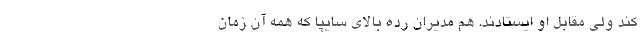
کند ولی مقابل او ایستادند. هم مدیران رده بالای سایپا که همه آن زمان